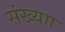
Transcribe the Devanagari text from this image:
संख्याा